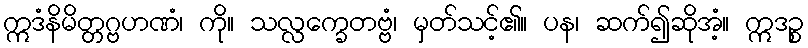
ဣဒံနိမိတ္တဂ္ဗဟဏံ၊ ကို။ သလ္လက္ခေတဗ္ဗံ၊ မှတ်သင့်၏။ ပန၊ ဆက်၍ဆိုအံ့။ ဣဒဉ္စ